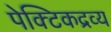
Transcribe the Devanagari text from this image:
पेक्टिकद्रव्य